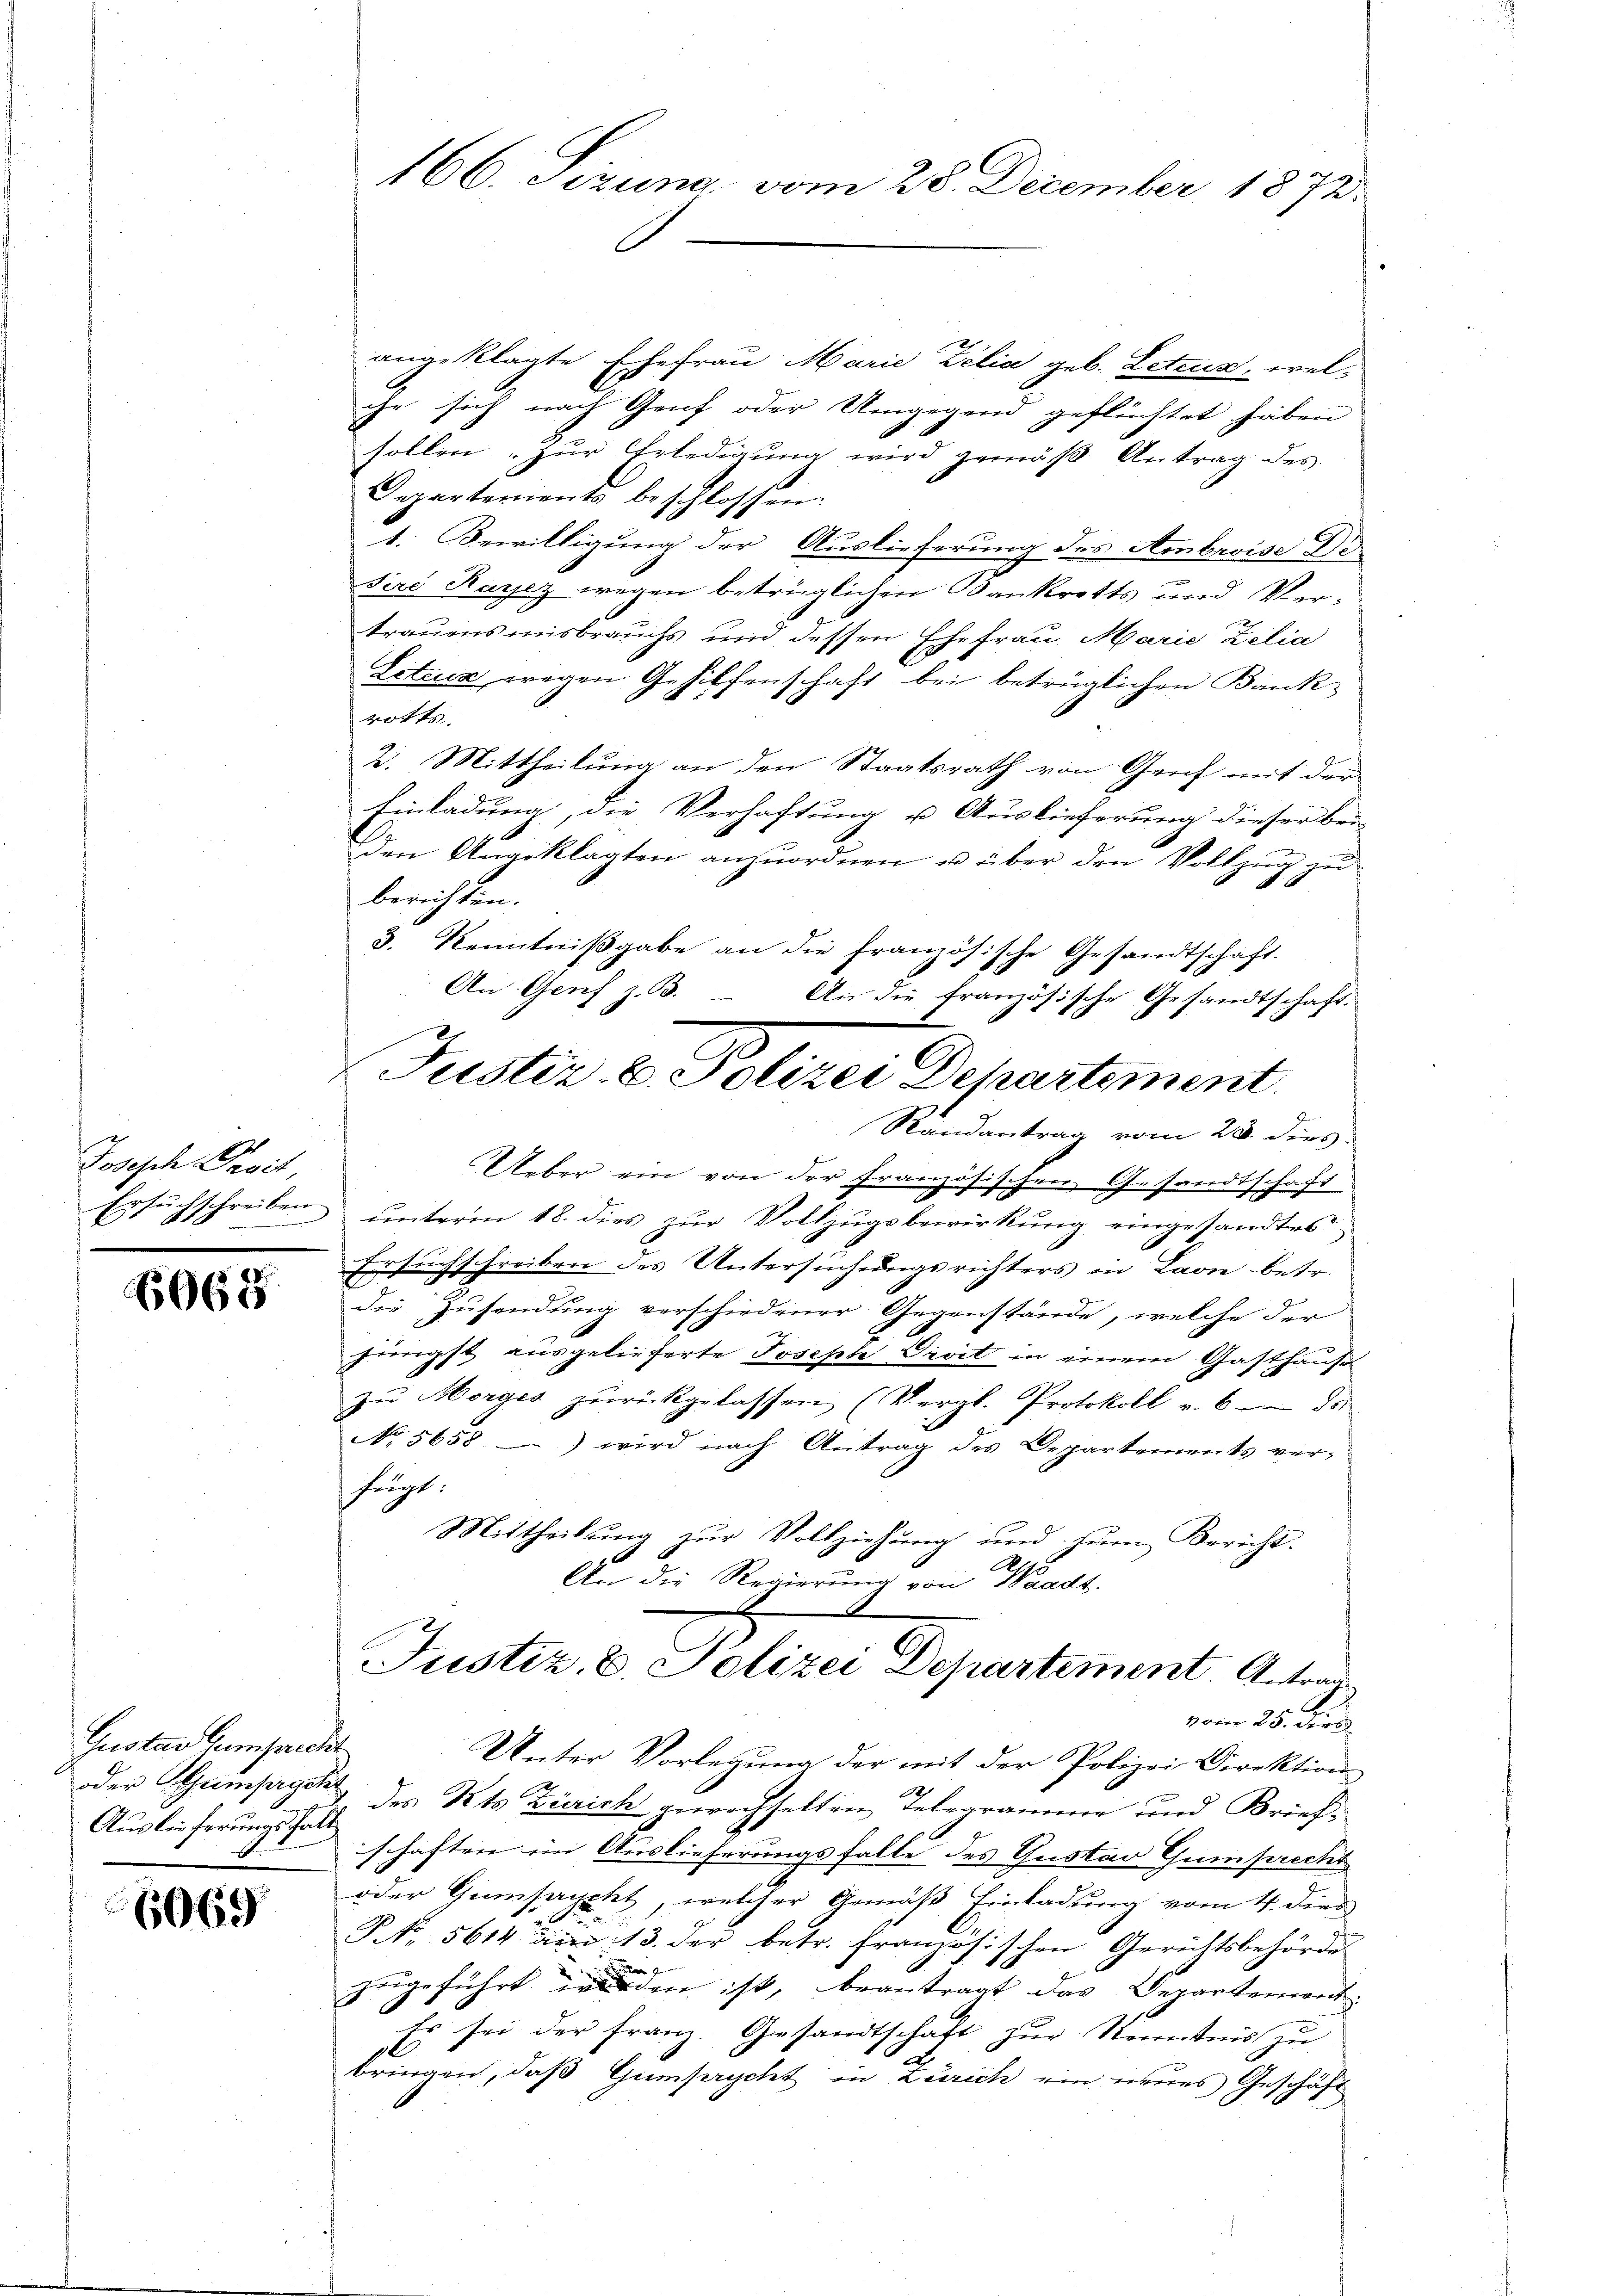
Joseph Droit,
Ersuchschreiben

6065

Gustav Gericht
oder Strimpige
Auslieferungsfal

6069

166. Sizung vom 28. December 1873.

angeklagte Ehefrau Marie Zelia geb. Letzes, welche sich nach Genf oder Umgegend geflüchtet haben
sollen. Zur Erledigung wird gemäß Antrag des
Departements beschlossen:
1. Bewilligung der Auslieferung des Ambroise Dr
sire Rasez wegen betrüglichen Bankrotts und Vertrauensmisbrauchs und dessen Ehefrau Marie Zelia
Litiis wegen Gehilfenschaft bei betrüglichen Bankrotts
2. Mittheilung an den Staatsrath von Genf mit der
Einladung, die Verhaftung u. Auslieferung dieser bei-
den Angeklagten anzuordnen u über den Vollzug zu
berichten.
3. Kenntniβgabe an die französische Gesandtschaft.
Randantrag vom 28. dies
Ueber ein von der Französischen Gesandtschaft
unterm 18. dies zur Vollzugsbewirkung eingesandtes
Ersuchschreiben des Untersuchungsrichters in Laon betr.
die Zusendung verschiedener Gegenstände, welche der
jüngst ausgelieferte Joseph Visit in einem Gasthause
zu Morges zurückgelassen (Vergl. Protokoll v. 6. ds.
No 5658) wird nach Antrag des Departements ver-
fügt:
Mittheilŭng zŭr Vollziehŭng und zŭm Bericht.
10
An die Regierung von Waadt.
Justiz, C. Polizei Departement Antrag
vom 25. Dies
Unter Vorlegung der mit der Polizei Direktion
 des Kts Zürich gewechselten Telegramme und Brief-
schaften im Auslieferungsfalle des Gustav Gumprecht
oder Gemsapptet, welcher Gemäß Einladung vom 4. dies
P. Nr. 5614 am 13. der betr. französischen Gerichtsbehörde
zeigeführt den ist, beantragt das Departement.
Es sei der Franz. Gesandtschaft zur Kenntnis zu
bringen, daß Gumpychet in Zürich ein neues Geschäft

An Genf z. B. An die französische Gesandtschaft.
Justiz- u. Polizei Departement